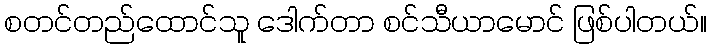
စတင်တည်ထောင်သူ ဒေါက်တာ စင်သီယာမောင် ဖြစ်ပါတယ်။